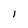
Character: 1